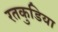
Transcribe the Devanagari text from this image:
रतकुडिया